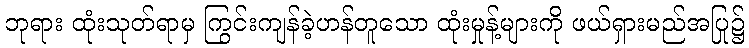
ဘုရား ထုံးသုတ်ရာမှ ကြွင်းကျန်ခဲ့ဟန်တူသော ထုံးမှုန့်များကို ဖယ်ရှားမည်အပြု၌